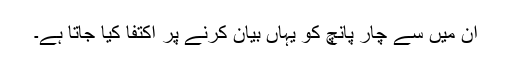
ان میں سے چار پانچ کو یہاں بیان کرنے پر اکتفا کیا جاتا ہے۔